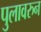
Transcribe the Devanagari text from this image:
पुलावरुन